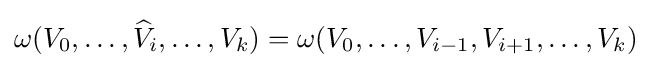
\omega (V_{0},\ldots ,{\widehat {V}}_{i},\ldots ,V_{k})=\omega (V_{0},\ldots ,V_{i-1},V_{i+1},\ldots ,V_{k})